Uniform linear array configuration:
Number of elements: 24
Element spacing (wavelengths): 0.5
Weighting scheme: cosine
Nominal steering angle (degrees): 60
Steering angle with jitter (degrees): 59.921
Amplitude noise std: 0.05
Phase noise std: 0.05

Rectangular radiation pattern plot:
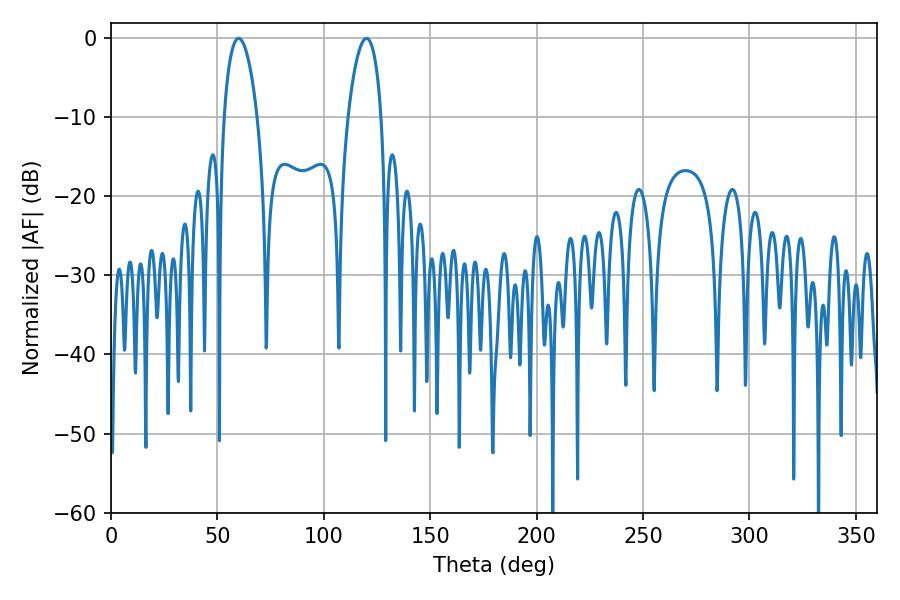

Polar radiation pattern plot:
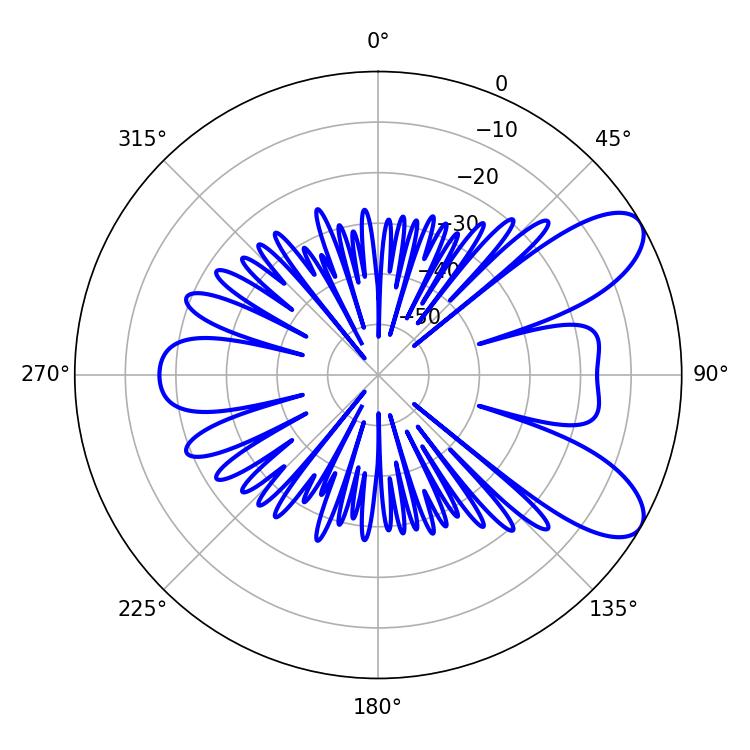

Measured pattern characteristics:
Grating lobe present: FALSE
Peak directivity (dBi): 8.437
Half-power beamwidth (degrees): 8.82
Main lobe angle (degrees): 59.94